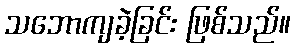
သဘောကျခဲ့ခြင်း ဖြစ်သည်။